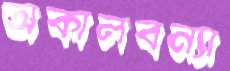
অকালবন্যা